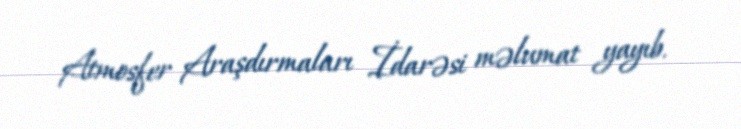
Atmosfer Araşdırmaları İdarəsi məlumat yayıb.